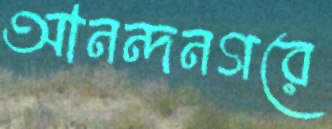
আনন্দনগরে